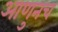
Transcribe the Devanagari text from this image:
आणुनच